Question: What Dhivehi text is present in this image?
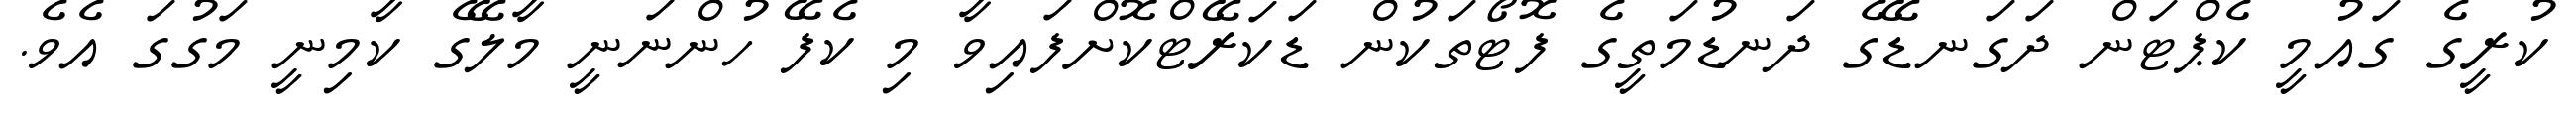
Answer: ކުރީގެ ގައުމީ ކެޕްޓަން ދަގަނޑޭގެ ދަނޑުމަތީގެ ފޮޓޯތަކުން ޑަކަރޭޓްކޮށްފައިވާ މި ކެފޭ ހުންނަނީ މާލޭގެ ކާމިނީ މަގުގަ އެވެ.